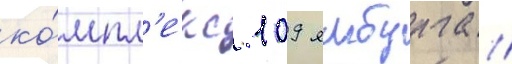
ко́мпл'екс 109 ямбурга //